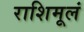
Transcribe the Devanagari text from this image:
राशिमूलं